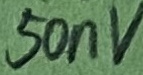
Text: 50nV